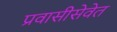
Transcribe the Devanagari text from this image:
प्रवासीसेवेत